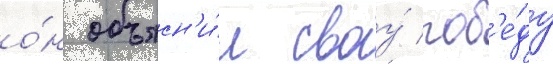
о́н объясн'и́л своу́ поб'е́ду